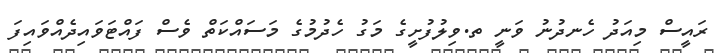
ރައީސް މިއަދު ހެނދުނު ވަނީ ތ.ވިލުފުށީގެ މަގު ހެދުމުގެ މަސައްކަތް ވެސް ފައްޓަވައިދެއްވައިފަ